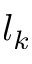
l _ { k }